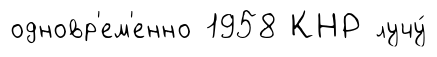
одновр'ем'енно 1958 КНР лучу́